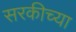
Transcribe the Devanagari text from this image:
सरकीच्या